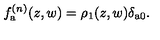
f _ { \mathrm { \footnotesize \boldmath a } } ^ { ( n ) } ( z , w ) = \rho _ { 1 } ( z , w ) \delta _ { \mathrm { \footnotesize \boldmath a 0 } } .